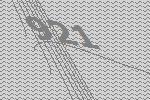
921